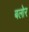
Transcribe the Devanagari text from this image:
बलोर